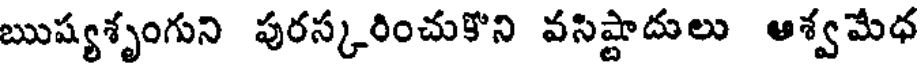
ఋష్యశృంగుని పురస్కరించుకొని వసిష్టాదులు ఆశ్వమేధ